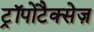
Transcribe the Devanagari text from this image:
ट्रॉपोटैक्सेज़